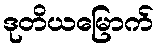
ဒုတိယမြောက်